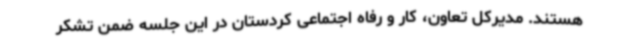
هستند. مدیرکل تعاون، کار و رفاه اجتماعی کردستان در این جلسه ضمن تشکر